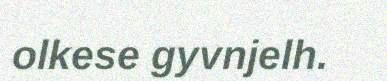
olkese gyvnjelh.